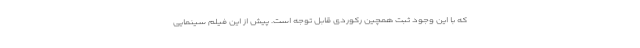
که با این وجود ثبت همچین رکوردی قابل توجه است. پیش از این فیلم سینمایی